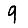
Digit: 9